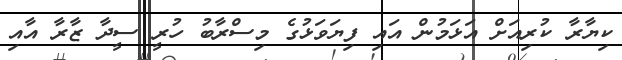
ކިޔާރާ ކުރިއަށް އަޅަމުން އައި ފިޔަވަޅުގެ މިސްރާބު ހުރީ ސީދާ ޒާރާ އާއި